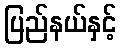
ပြည်နယ်နှင့်